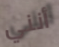
أنني